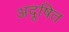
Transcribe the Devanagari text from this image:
अदूषित